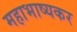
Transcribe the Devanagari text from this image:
महाभाष्यकर